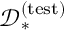
\mathcal { D } _ { * } ^ { \mathrm { ( t e s t ) } }